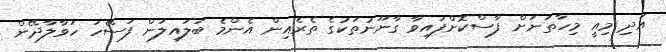
އަދި މިއީ މިހާތަނަށް ފާސްކޮށްފައިވާ ގާނޫނުތަކުގެ ތެރެއިން އެންމެ ބަލައިލަން ފަސޭހަ ހަވާލާދޭން